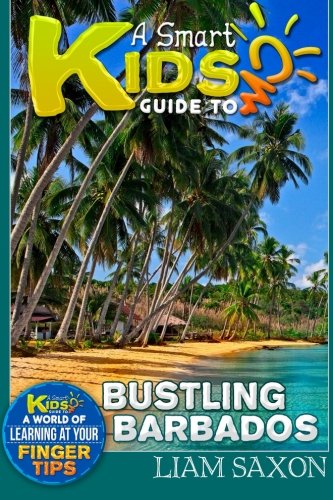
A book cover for A Smart Kids Guide To BUSTLING BARBADOS: A World Of Learning At Your Fingertips (Volume 1); Liam Saxon; Travel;